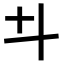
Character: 𠥼